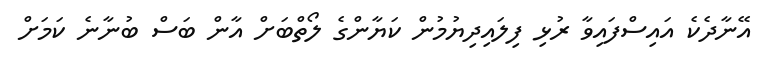
އޭނާދެކެ އައިސްފައިވާ ރުޅި ފިލައިދިޔުމުން ކަޔާންގެ ލޯތްބަށް އާން ބަސް ބުނާނެ ކަމަށް